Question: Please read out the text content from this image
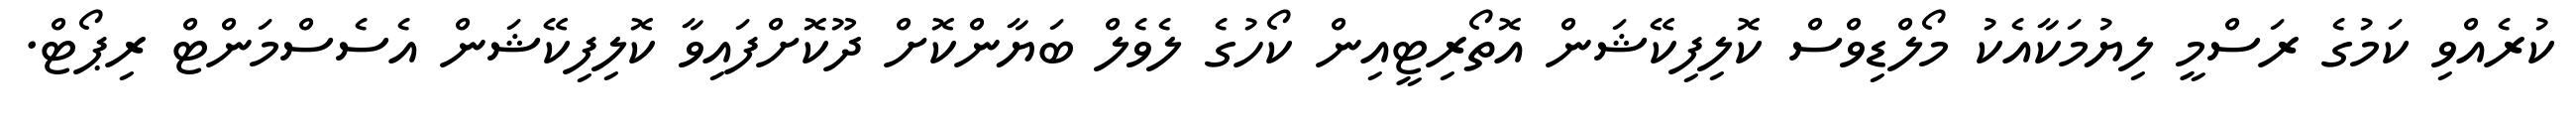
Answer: ކުރެއްވި ކަމުގެ ރަސްމީ ލިޔުމަކާއެކު މޯލްޑިވްސް ކޮލިފިކޭޝަން އޮތޯރިޓީއިން ކޯހުގެ ލެވެލް ބަޔާންކޮށް ދޫކޮށްފައިވާ ކޮލިފިކޭޝަން އެސެސްމަންޓް ރިޕޯޓް.